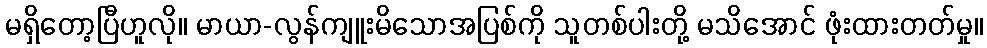
မရှိတော့ပြီဟူလို။ မာယာ-လွန်ကျူးမိသောအပြစ်ကို သူတစ်ပါးတို့ မသိအောင် ဖုံးထားတတ်မှု။